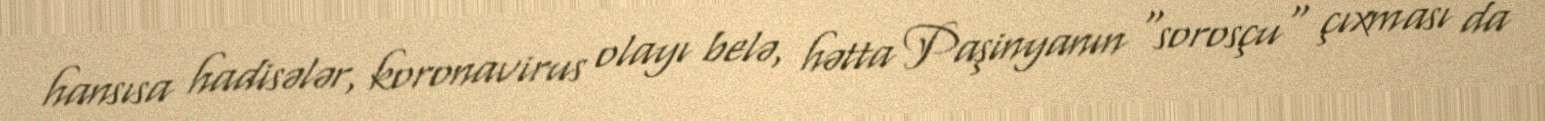
hansısa hadisələr, koronavirus olayı belə, hətta Paşinyanın "sorosçu" çıxması da